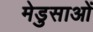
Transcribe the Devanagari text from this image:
मेडुसाओं